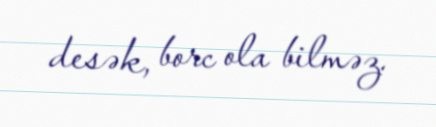
desək, borc ola bilməz.